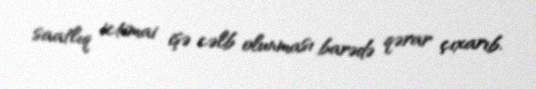
saatlıq ictimai işə cəlb olunması barədə qərar çıxarıb.